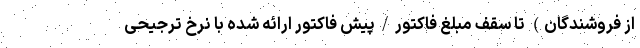
از فروشندگان) تا سقف مبلغ فاکتور/پیش فاکتور ارائه شده با نرخ ترجیحی